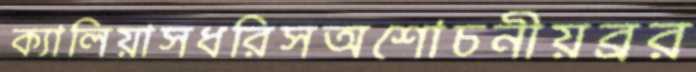
ক্যালিয়াসধরিসঅশোচনীয়ব্রর